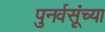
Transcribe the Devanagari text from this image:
पुनर्वसूंच्या